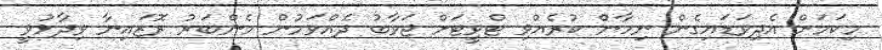
މިކަމަށް އެދިވަޑައިގެން ނިހާން ކުރެއްވި ޓްވީޓަށް ޖަވާބު ދެއްވަމުން މެންބަރު ރޮޒައިނާ ވިދާޅުވީ